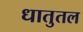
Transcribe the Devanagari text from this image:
धातुतल